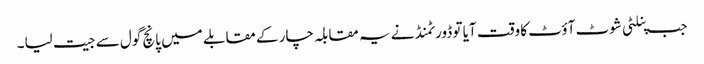
جب پنلٹی شوٹ آؤٹ کا وقت آیا تو ڈورٹمنڈ نے یہ مقابلہ چار کے مقابلے میں پانچ گول سے جیت لیا۔